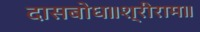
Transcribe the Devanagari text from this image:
दासबोध॥श्रीराम॥